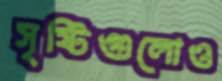
সৃষ্টিগুলোও